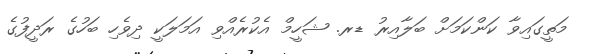
މަތީގައިވާ ކަންކަމަށް ބަލާއިރު ޑރ. ޝަހީމް އެކުރެއްވި އަމަލަކީ ދިވެހި ބަހުގެ ރަދީފުގެ